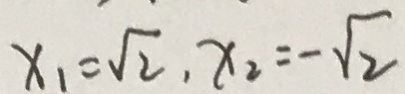
x _ { 1 } = \sqrt { 2 } , x _ { 2 } = - \sqrt { 2 }